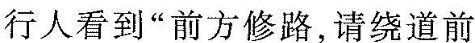
行人看到”前方修路，请绕道前